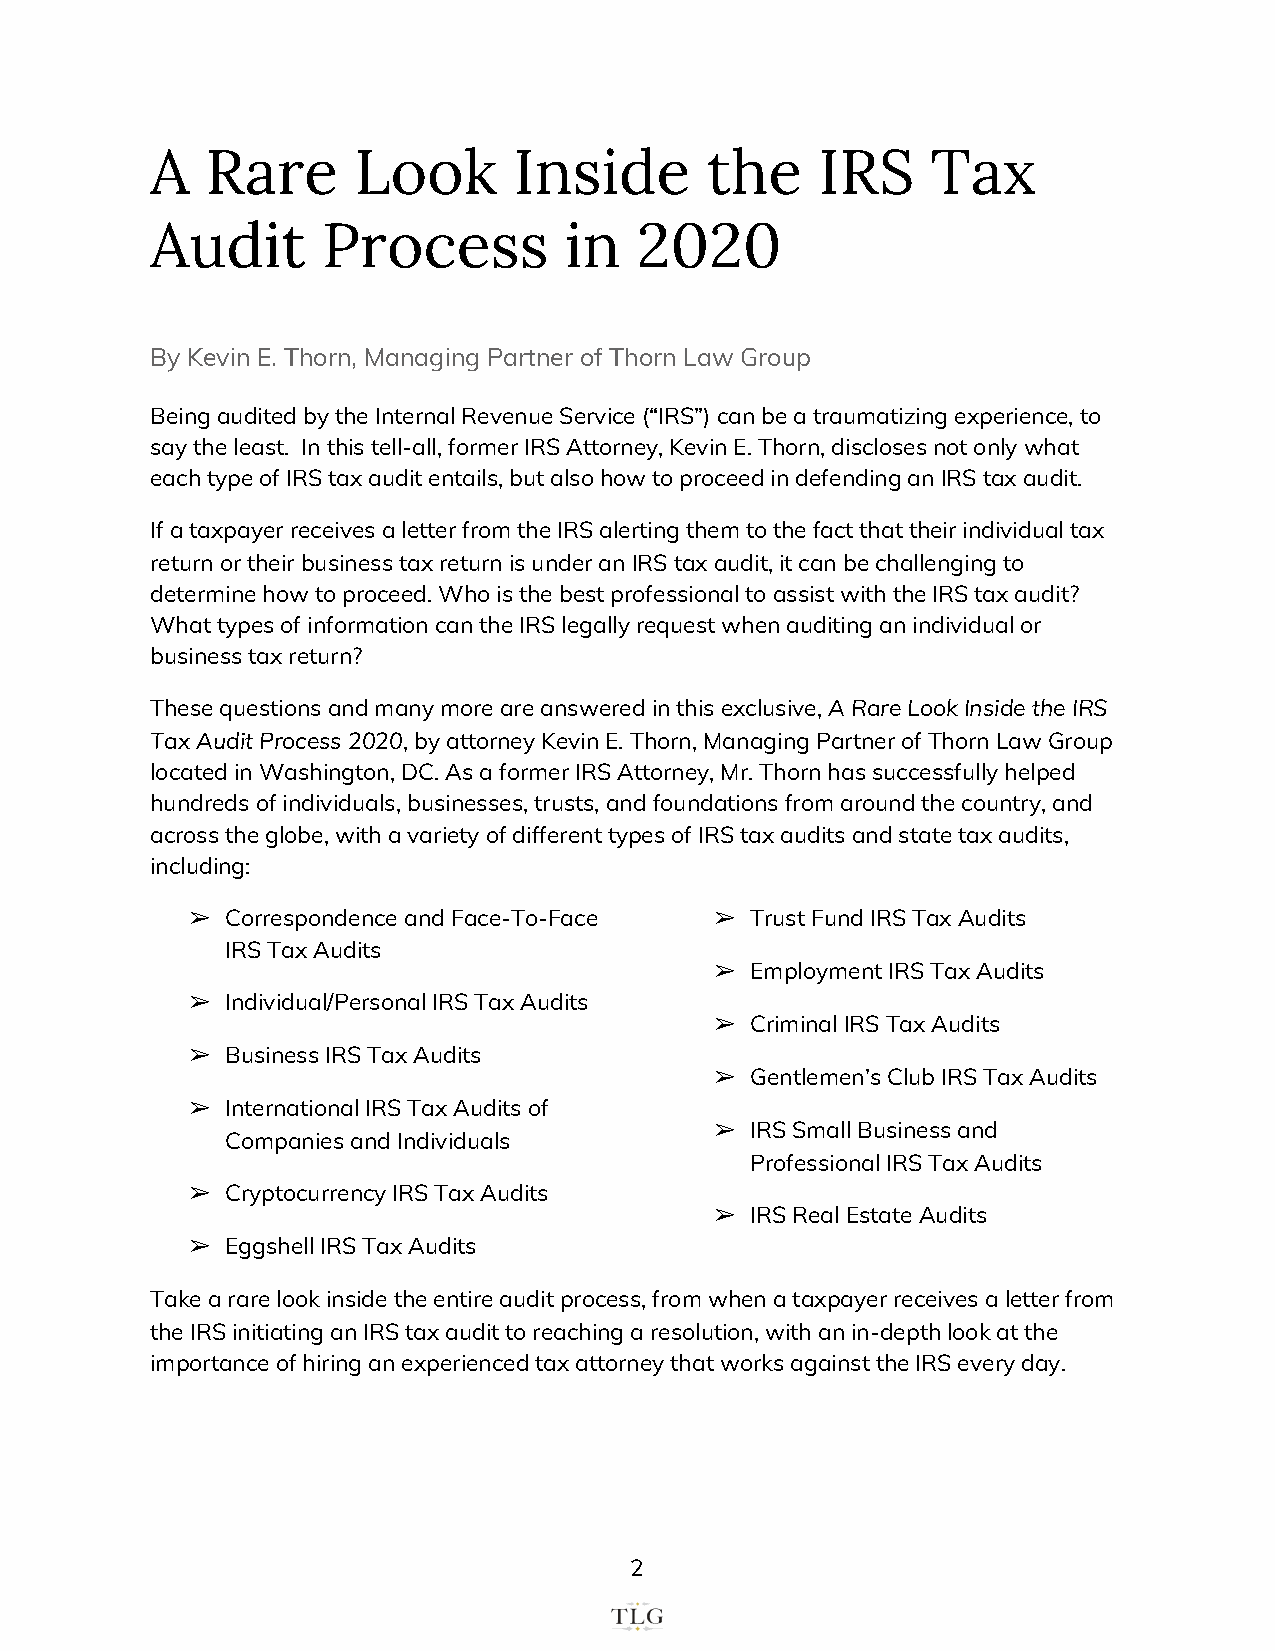
A   Rare     Look       Inside       the    IRS     Tax
 Audit      Process         in   2020
 By Kevin E. Thorn, Managing Partner of Thorn Law Group
 Being audited by the Internal Revenue Service (“IRS”) can be a traumatizing experience, to
 say the least. In this tell-all, former IRS Attorney, Kevin E. Thorn, discloses not only what
 each type of IRS tax audit entails, but also how to proceed in defending an IRS tax audit.
 If a taxpayer receives a letter from the IRS alerting them to the fact that their individual tax
 return or their business tax return is under an IRS tax audit, it can be challenging to
 determine how to proceed. Who is the best professional to assist with the IRS tax audit?
 What types of information can the IRS legally request when auditing an individual or
 business tax return?
 These questions and many more are answered in this exclusive, ​A Rare Look Inside the IRS
 Tax Audit Process 2020​, by attorney Kevin E. Thorn, Managing Partner of Thorn Law Group
 located in Washington, DC. As a former IRS Attorney, Mr. Thorn has successfully helped
 hundreds of individuals, businesses, trusts, and foundations from around the country, and
 across the globe, with a variety of different types of IRS tax audits and state tax audits,
 including:
 ➢  Correspondence and Face-To-Face ➢  Trust Fund IRS Tax Audits
 IRS Tax Audits
 ➢  Employment IRS Tax Audits
 ➢  Individual/Personal IRS Tax Audits
 ➢  Criminal IRS Tax Audits
 ➢  Business IRS Tax Audits
 ➢  Gentlemen’s Club IRS Tax Audits
 ➢  International IRS Tax Audits of
 ➢  IRS Small Business and
 Companies and Individuals
 Professional IRS Tax Audits
 ➢  Cryptocurrency IRS Tax Audits
 ➢  IRS Real Estate Audits
 ➢  Eggshell IRS Tax Audits
 Take a rare look inside the entire audit process, from when a taxpayer receives a letter from
 the IRS initiating an IRS tax audit to reaching a resolution, with an in-depth look at the
 importance of hiring an experienced tax attorney that works against the IRS every day.
 2